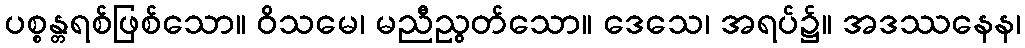
ပစ္စန္တရစ်ဖြစ်သော။ ဝိသမေ၊ မညီညွတ်သော။ ဒေသေ၊ အရပ်၌။ အဒဿနေန၊